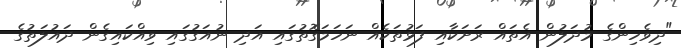
"ދިވެހިންގެ މުދަލުން އެތައް ރަށަކާއި ފަޅުތަކެއް ނަހަމަގޮތުގައި އަދި ނުއަގުގައި ވިއްކައިގެން ދައުލަތުގެ